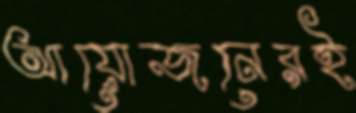
আয়োজনেরই